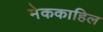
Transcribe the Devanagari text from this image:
मेककाहिल